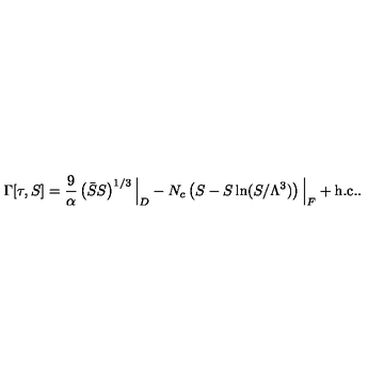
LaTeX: \Gamma [ \tau , S ] = { \frac { 9 } { \alpha } } \left( \bar { S } S \right) ^ { 1 / 3 } \Big | _ { D } - N _ { c } \left( S - S \ln ( S / \Lambda ^ { 3 } ) \right) \Big | _ { F } + \mathrm { h . c . } .